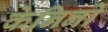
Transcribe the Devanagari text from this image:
केनिनो